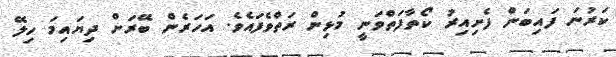
ކަރުނަ ފައިބަން ފެށިއިރު ކޯތާފަތްވަނީ މުޅިން ރަތްވެފައެވެ. އަހަރެން ބޭރަށް ދިޔައިމަ ހިލޭ